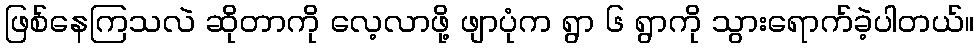
ဖြစ်နေကြသလဲ ဆိုတာကို လေ့လာဖို့ ဖျာပုံက ရွာ ၆ ရွာကို သွားရောက်ခဲ့ပါတယ်။